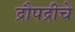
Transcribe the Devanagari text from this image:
द्रौपद्रीचे